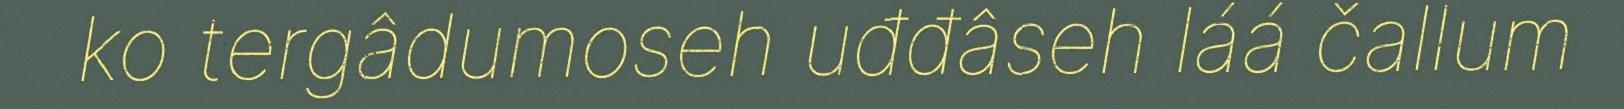
ko tergâdumoseh uđđâseh láá čallum